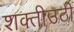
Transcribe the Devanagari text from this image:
शक्तीउठी